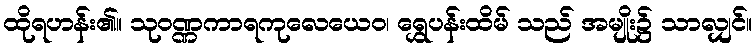
ထိုရဟန်း၏။ သုဝဏ္ဏကာရကုလေယေဝ၊ ရွှေပန်းထိမ် သည် အမျိုး၌ သာလျှင်။